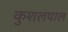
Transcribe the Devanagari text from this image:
कुशलपाल